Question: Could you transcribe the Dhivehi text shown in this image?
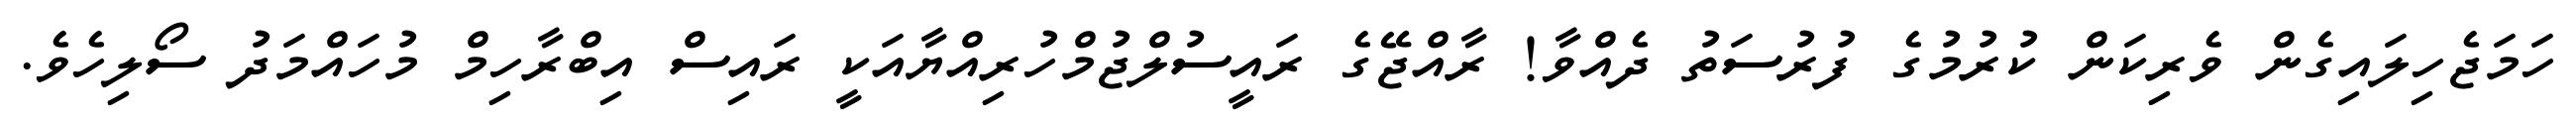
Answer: ހަމަޖެހިލައިގެން ވެރިކަން ކުރުމުގެ ފުރުސަތު ދެއްވާ! ރާއްޖޭގެ ރައީސުލްޖުމްހުރިއްޔާއަކީ ރައިސް އިބްރާހިމް މުހައްމަދު ސޯލިހެވެ.